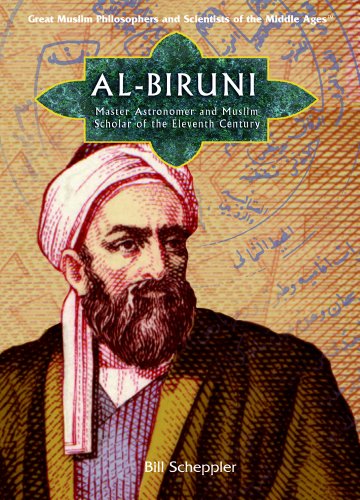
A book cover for Al-Biruni: Master Astronomer and Muslim Scholar of the Eleventh Century (Great Muslim Philosophers and Scientists of the Middle Ages); Bill Scheppler; Teen & Young Adult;